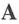
A